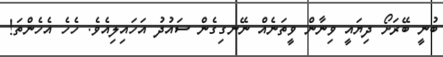
ބުނީ ބޭރަށޯ ދިޔައީ ވިނާން ވީތަނެއް ނޭނގިގެން ސައުދު އަހައިލިއެވެ. ހެހެ އެހެންތަ!